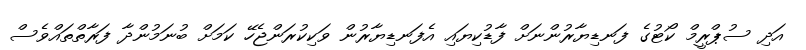
އަދި ސުޕްރީމް ކޯޓުގެ ފަނޑިޔާރުންނަށް ފާޑުކިޔައި އެފަނޑިޔާރުން ވަކިކުރަންޖެހޭ ކަމަށް ބުނަމުންދާ ފަރާތްތައްވެސް